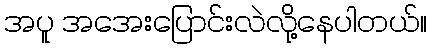
အပူ အအေးပြောင်းလဲလို့နေပါတယ်။